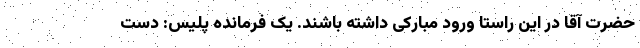
حضرت آقا در این راستا ورود مبارکی داشته باشند. یک فرمانده پلیس: دست